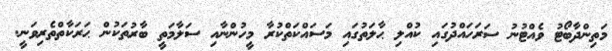
މަތިންދާބޯޓު ވެއްޓުނު ސަރަހައްދުގައި ކުއްލި ޙާލަތުގައި މަސައްކަތްކުރާ މީހުންނާއި ސަލާމަތީ ބާރުތަކުން ޙަރަކާތްތެރިވަނީ.